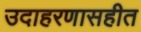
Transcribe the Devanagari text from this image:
उदाहरणासहीत